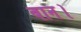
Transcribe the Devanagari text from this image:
बान।